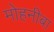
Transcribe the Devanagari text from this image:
मोहनीबा